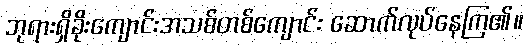
ဘုရားရှိခိုးကျောင်းအသစ်တစ်ကျောင်း ဆောက်လုပ်နေကြ၏။